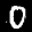
Label: 0